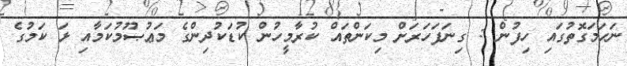
ނަހަމަގޮތުގައި ހިފުން : ގިނަފަހަރަށް މިކަންތައް ކުރާމީހުން ކުޑަކުދިންގެ މަޢުޞޫމުކަމާއި ޅަ ކަމުގެ